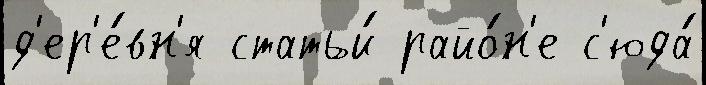
д'ер'е́вн'я статьи́ райо́н'е с'юда́